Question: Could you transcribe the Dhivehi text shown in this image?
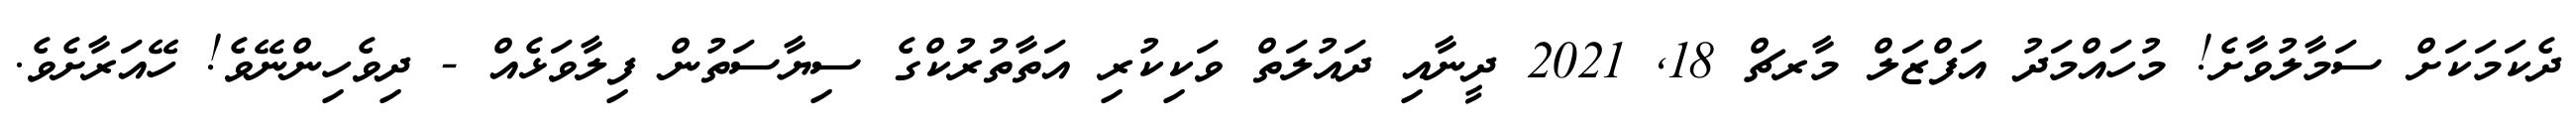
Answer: ދެކަމަކަށް ސަމާލުވާށެ! މުހައްމަދު އަފްޒަލް މާރޗް 18, 2021 ދީނާއި ދައުލަތް ވަކިކުރި އަތާތުރުކްގެ ސިޔާސަތުން ފިލާވަޅެއް - ދިވެހިންނޭވެ! ހޭއަރާށެވެ.